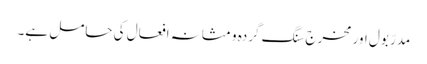
مدرِّ بول اور مخرج سنگِ گردہ و مثانہ افعال کی حامل ہے۔